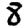
Digit: 8